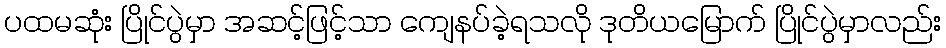
ပထမဆုံး ပြိုင်ပွဲမှာ အဆင့်ဖြင့်သာ ကျေနပ်ခဲ့ရသလို ဒုတိယမြောက် ပြိုင်ပွဲမှာလည်း